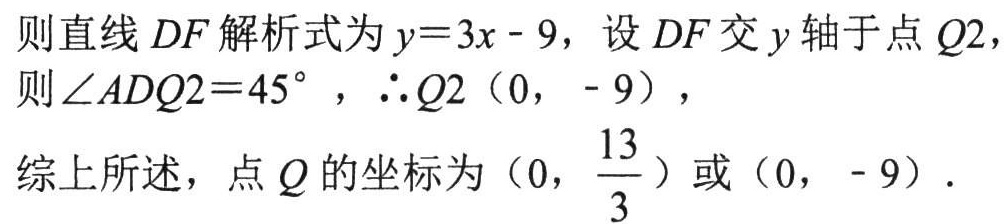
则直线 \(DF\) 解析式为 \(y = 3x - 9\)，设 \(DF\) 交 \(y\) 轴于点 \(Q2\)，
则 \(\angle ADQ2 = 45^{\circ}\)，\(\therefore Q2(0, - 9)\)，
综上所述，点 \(Q\) 的坐标为 \((0,\frac{13}{3})\) 或 \((0, - 9)\)．